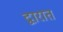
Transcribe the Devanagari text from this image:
द्वारात